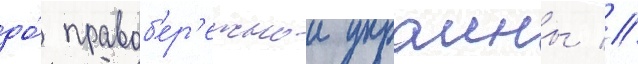
до́ правоб'ер'ежнои украины //